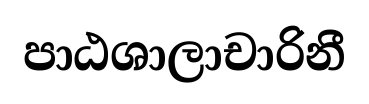
පාඨශාලාචාරිනී